Annual report on the working of the lock hospitals in the North-Western Provinces and Oudh
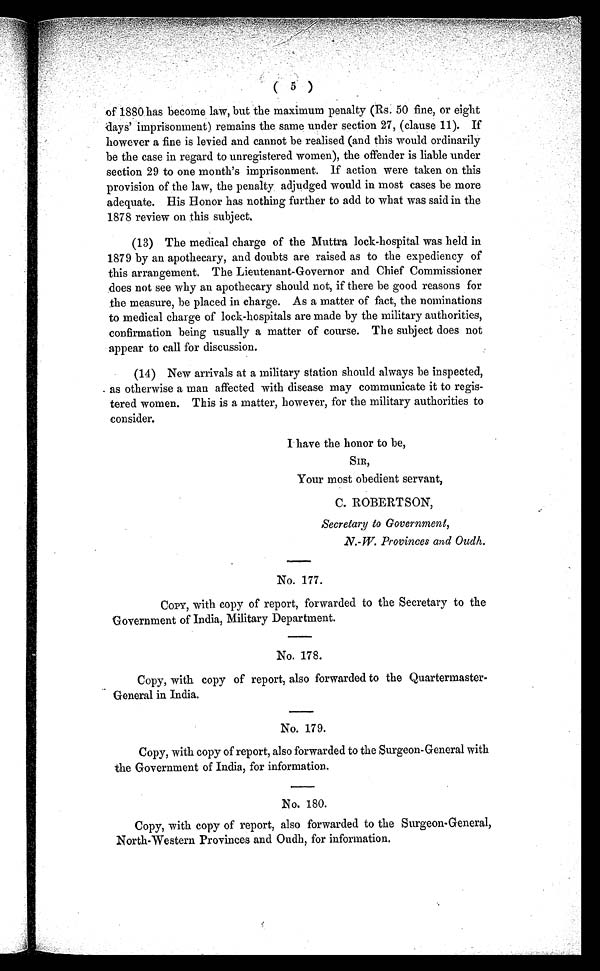
( 5 )
of 1880 has become law, but the maximum penalty (Rs. 50 fine, or eight
days' imprisonment) remains the same under section 27, (clause 11). If
however a fine is levied and cannot be realised (and this would ordinarily
be the case in regard to unregistered women), the offender is liable under
section 29 to one month's imprisonment. if action were taken on this
provision of the law, the penalty, adjudged would in most cases be more
adequate. His Honor has nothing further to add to what was said in the
1878 review on this subject.
(13) The medical charge of the Muttra lock-hospital was held in
1879 by an apothecary, and doubts are raised as to the expediency of
this arrangement. The Lieutenant-Governor and Chief Commissioner
does not see why an apothecary should not, if there be good reasons for
the measure, be placed in charge. As a matter of fact, the nominations
to medical charge of lock-hospitals are made by the military authorities,
confirmation being usually a matter of course. The subject does not
appear to call for discussion.
(14) New arrivals at a military station should always be inspected,
as otherwise a man affected with disease may communicate it to regis-
tered women. This is a matter, however, for the military authorities to
consider.
I have the honor to be,
SIR,
Your most obedient servant,
C. ROBERTSON,
Secretary to Government,
N.-W. Provinces and Oudh.
No. 177.
COPY, with copy of report, forwarded to the Secretary to the
Government of India, Military Department.
No. 178.
Copy, with copy of report, also forwarded to the Quartermaster-
General in India.
No. 179.
Copy, with copy of report, also forwarded to the Surgeon-General with
the Government of India, for information.
No. 180.
Copy, with copy of report, also forwarded to the Surgeon-General,
North-Western Provinces and Oudh, for information.